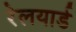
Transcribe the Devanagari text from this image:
रेलयार्ड